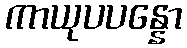
ကာယုပပန္နော